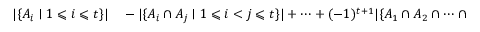
\begin{array} { r l } { | \{ A _ { i } \mid 1 \leqslant i \leqslant t \} | } & { { } - | \{ A _ { i } \cap A _ { j } \mid 1 \leqslant i < j \leqslant t \} | + \cdots + ( - 1 ) ^ { t + 1 } | \{ A _ { 1 } \cap A _ { 2 } \cap \cdots \cap A _ { t } \} | = { \binom { t } { 1 } } - { \binom { t } { 2 } } + \cdots + ( - 1 ) ^ { t + 1 } { \binom { t } { t } } . } \end{array}